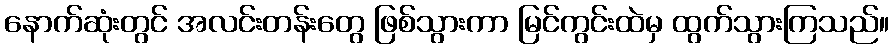
နောက်ဆုံးတွင် အလင်းတန်းတွေ ဖြစ်သွားကာ မြင်ကွင်းထဲမှ ထွက်သွားကြသည်။